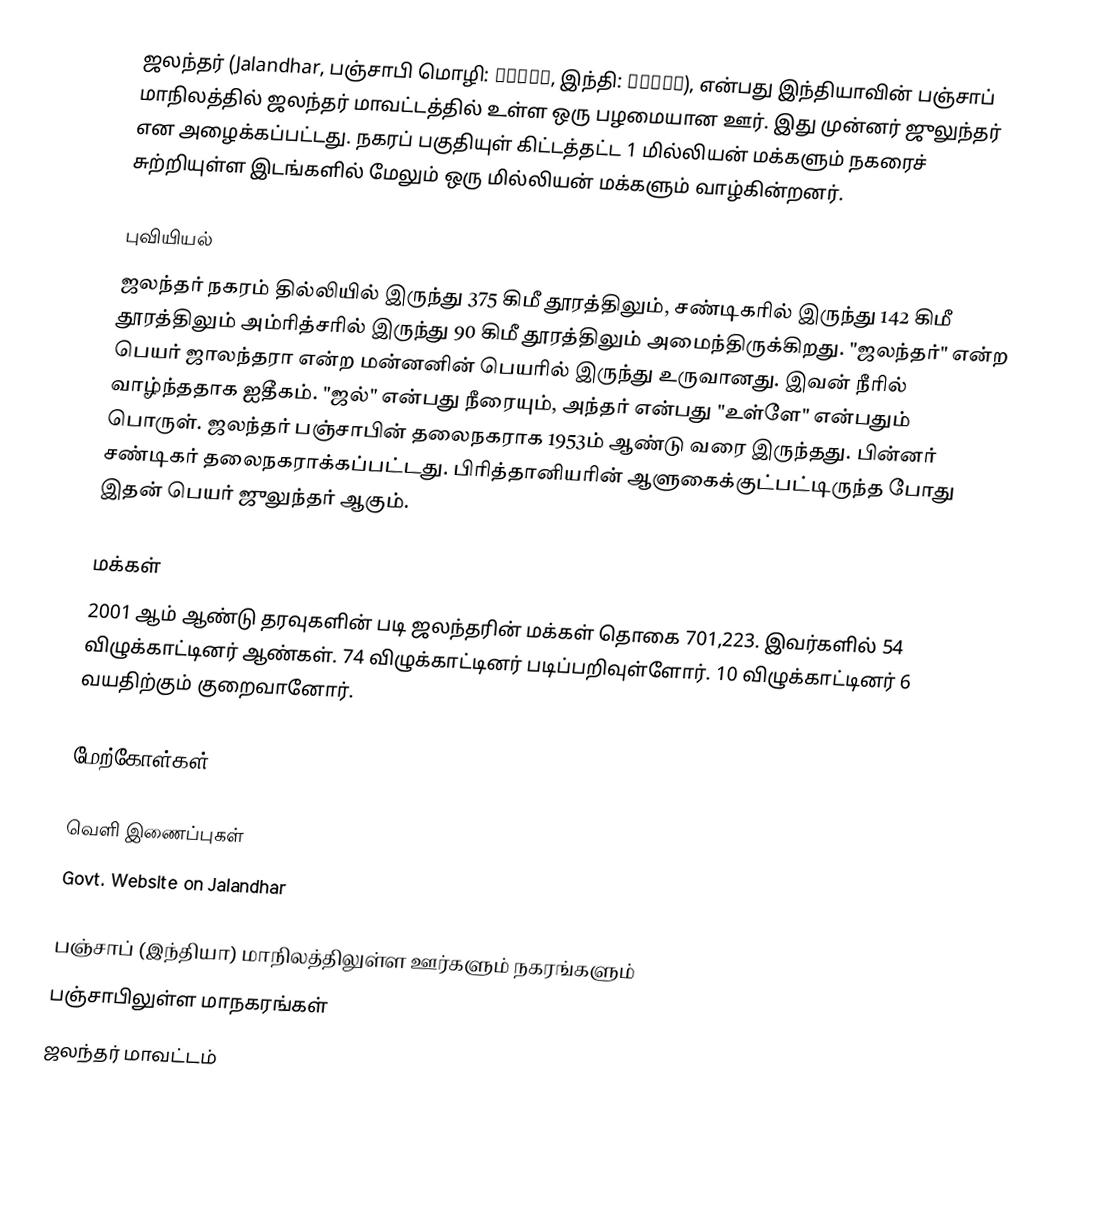
ஜலந்தர் (Jalandhar, பஞ்சாபி மொழி: ਜਲੰਧਰ, இந்தி: जलंधर), என்பது இந்தியாவின் பஞ்சாப் மாநிலத்தில் ஜலந்தர் மாவட்டத்தில் உள்ள ஒரு பழமையான ஊர். இது முன்னர் ஜுலுந்தர் என அழைக்கப்பட்டது. நகரப் பகுதியுள் கிட்டத்தட்ட 1 மில்லியன் மக்களும் நகரைச் சுற்றியுள்ள இடங்களில் மேலும் ஒரு மில்லியன் மக்களும் வாழ்கின்றனர்.

புவியியல்
ஜலந்தர் நகரம் தில்லியில் இருந்து 375 கிமீ தூரத்திலும், சண்டிகரில் இருந்து 142 கிமீ தூரத்திலும் அம்ரித்சரில் இருந்து 90 கிமீ தூரத்திலும் அமைந்திருக்கிறது. "ஜலந்தர்" என்ற பெயர் ஜாலந்தரா என்ற மன்னனின் பெயரில் இருந்து உருவானது. இவன் நீரில் வாழ்ந்ததாக ஐதீகம். "ஜல்" என்பது நீரையும், அந்தர் என்பது "உள்ளே" என்பதும் பொருள். ஜலந்தர் பஞ்சாபின் தலைநகராக 1953ம் ஆண்டு வரை இருந்தது. பின்னர் சண்டிகர் தலைநகராக்கப்பட்டது. பிரித்தானியரின் ஆளுகைக்குட்பட்டிருந்த போது இதன் பெயர் ஜுலுந்தர் ஆகும்.

மக்கள்
2001 ஆம் ஆண்டு தரவுகளின் படி ஜலந்தரின் மக்கள் தொகை 701,223. இவர்களில் 54 விழுக்காட்டினர் ஆண்கள். 74 விழுக்காட்டினர் படிப்பறிவுள்ளோர். 10 விழுக்காட்டினர் 6 வயதிற்கும் குறைவானோர்.

மேற்கோள்கள்

வெளி இணைப்புகள்
 Govt. Website on Jalandhar

பஞ்சாப் (இந்தியா) மாநிலத்திலுள்ள ஊர்களும் நகரங்களும்
பஞ்சாபிலுள்ள மாநகரங்கள்
ஜலந்தர் மாவட்டம்